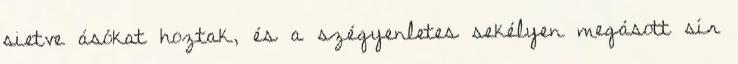
sietve ásókat hoztak, és a szégyenletes sekélyen megásott sír